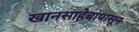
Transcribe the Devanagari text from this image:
खानसाहेबांपासून